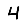
Digit: 4